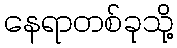
နေရာတစ်ခုသို့